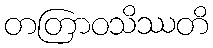
တတြာဝသိဿတိ